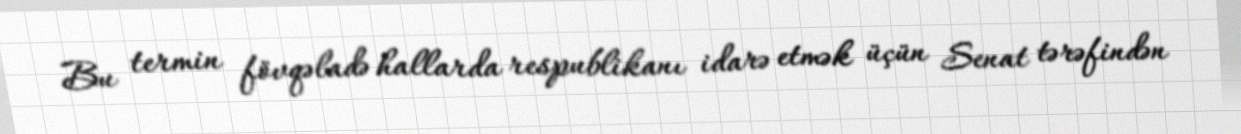
Bu termin fövqəladə hallarda respublikanı idarə etmək üçün Senat tərəfindən